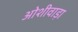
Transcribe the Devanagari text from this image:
ओशीवाड़ा